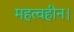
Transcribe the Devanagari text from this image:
महत्वहीन।